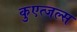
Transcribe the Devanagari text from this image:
कुएत्जल्स